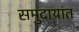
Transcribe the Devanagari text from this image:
समुदायांत